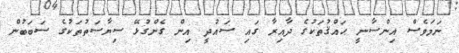
ނަމަވެސް އިންސާނީ ޙައްޤުތަކުގެ ދާއިރާ ގައި ސައުދީ އިން ގެންގުޅޭ ސިޔާސަތުތަކުގެ ސަބަބުން